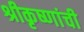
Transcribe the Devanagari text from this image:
श्रीकृष्णांची